Medical and sanitary report of the native army of Madras for the year
Year: 1877
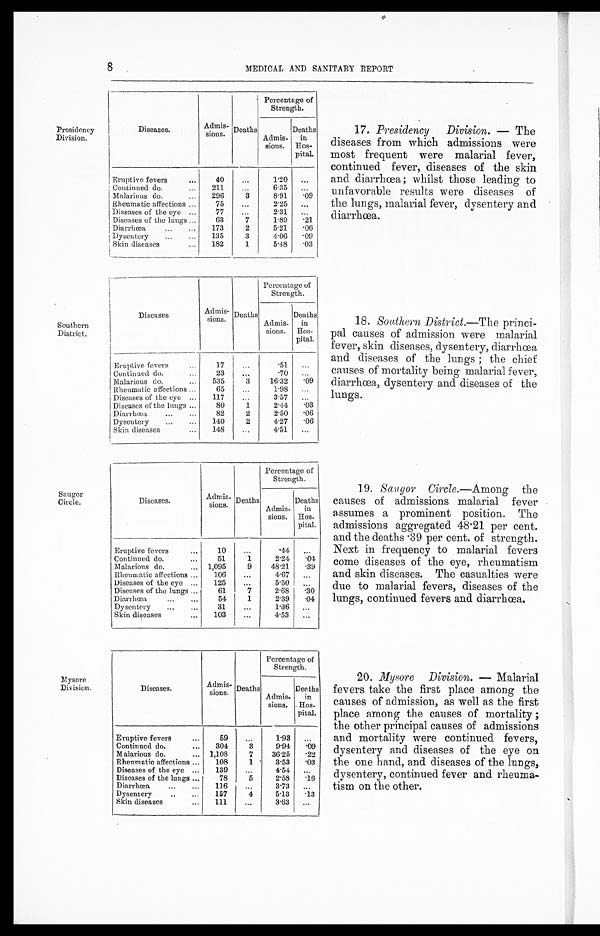
8
MEDICAL AND SANITARY REPORT
Presidency
Division.
Southern District.
Saugor
Circle.
Diseases.
Admis- sions. Deaths
Percentage of
Strength.
Admis- sions.
Deaths in
Hos-
pital.
Eruptive fevers ... 40 ... 1.20 ...
Continued do.
... 211
. . . 6.35
. . .
Malarious do.
... 296
. . . 8.91
. 0 9
Rheumatic affections . . . 75 ... 2.25
. . .
Diseases of the eye ... 77 ... 2.31 ...
Diseases of the lungs ... 63 7 1.89
. 2 1
Diarrh
Skin diseases
a . . . ... 173 2 5.21
. 0 6
Dysentery ... . . . 135 3 4.06
. 0 9
Skin diseases
i
... I 182 1 5.48
. 0 3
Diseases
Admis- sions. Deaths
Percentage of
Strength.
Admis- sions.
Deaths in
Hos-
pital.
Eruptive fevers ... 17
. . . .51 ...
Continued do.
. . . 23 ...
70 ...
Malarious do. ... 535 3 16.32
. 0 9
Rheumatic affections ... 65 ... 1.98
. . .
Diseases of the eye ... 117 ... 3.57 ...
Diseases of the lungs ... 80
. . . 2.44
. 0 3
Diarrhœa ... ... 82 2 2.50
. 0 6
Dysentery ... ... 140 2 4.27
. 0 6
Skin diseases
... 148 ... 4.51 ...
D i s e a s e s .
Admis- sions.
Deaths
Percentage of
Strength.
Admis- sions.
Deaths
i n Hos - pi t a l .
Eruptive fevers ... 10 ... .44
. . .
Continued do. ...... 51 1
2.24 .04
Malarious do. ... 1,095 9 48.21 . 3 9
Rheumatic affections ... 106 ... 4.67 . . .
Diseases of the eye ... 125 ... 5.50 . . .
Diseases of the lungs... 61 7 2.68 . 3 0
Diarrhœea ... ... 54 1 2.39 . 4 0
Dysentery ... ... 31 ... 1.36 . . .
Skin diseases
...
1 0 3
... 4.53 . . .
17.Presidency Division. — The
diseases from which admissions were
most frequent were malarial fever,
continued fever, diseases of the skin
and diarrhœa ; whilst those leading to
unfavorable results were diseases of
the lungs, malarial fever, dysentery and
diarrhœa.
18.Southern District.— The princi-
pal causes of admission were malarial
fever, skin diseases, dysentery, diarrhœa,
and diseases of the lungs ; the chief
causes of mortality being malarial fever,
diarrhœa, dysentery and diseases of the
lungs.
19.
Saug or Circle. — A m o n g t h e
causes of admissions malarial fever
assumes a prominent position. The
admissions aggregated 48.21 per cent.
and t he deat hs . 39 per cent . of st r engt h.
Next in frequency to malarial fevers
come diseases of the eye, rheumatism
and skin diseases. The casualties were
due to malarial fevers, diseases of the
lungs, continued fevers and diarrhœa.
Mysore
Division. Diseases.
Ad sions. Deaths
Percentage of
Strength.
Admis- sions.
Deaths
i n H o s - p i t a l .
Eruptive fevers ... 59 ... 1.98 . . .
Continued do. ... 304 3 9.94 . 0 9
Malarious do. ... ... 1,108 7 36.25 . 2 2
Rheumatic affections ... 108 1 3.53 . 0 3
Diseases of the eye ... 139 ... 4.54 . . .
Diseases of the lungs ... 78 5 2.58 1 6
Diarrhœea
... ... 116 ... 3.73 . . .
Dysentery ... ... 157 4 5.13 . 1 3
Skin diseases
... 111 ... 3.63 . . .
20. Mysore Division.— Malarial
fevers take the first place among the
causes of admission, as well as the first
place among the causes of mortality
the other principal causes of admissions
and mortality were continued fevers,
dysentery and diseases of the eye on
the one hand, and diseases of the lungs,
dysentery, continued fever and rheuma.
tism on the other.